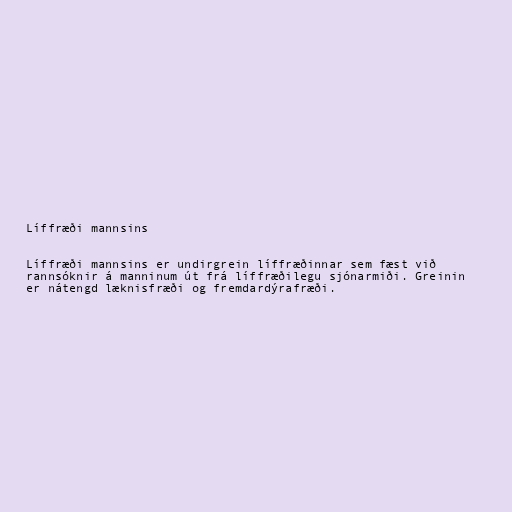
Líffræði mannsins

Líffræði mannsins er undirgrein líffræðinnar sem fæst við
rannsóknir á manninum út frá líffræðilegu sjónarmiði. Greinin
er nátengd læknisfræði og fremdardýrafræði.